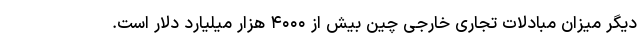
دیگر میزان مبادلات تجاری خارجی چین بیش از ۴۰۰۰ هزار میلیارد دلار است.